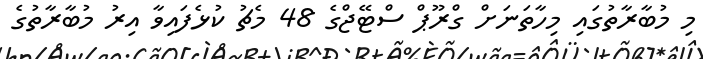
މި މުބާރާތުގައި މިހާތަނަށް ގްރޫޕް ސްޓޭޖްގެ 48 މެޗު ކުޅެފައިވާ އިރު މުބާރާތުގެ